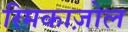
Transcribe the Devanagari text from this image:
रिमकाज़ोल